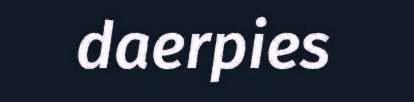
daerpies